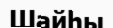
Шайһы